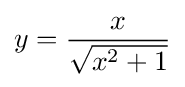
y={\frac {x}{\sqrt {x^{2}+1}}}